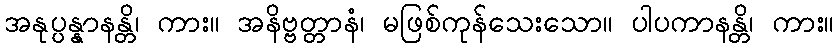
အနုပ္ပန္နာနန္တိ၊ ကား။ အနိဗ္ဗတ္တာနံ၊ မဖြစ်ကုန်သေးသော။ ပါပကာနန္တိ၊ ကား။